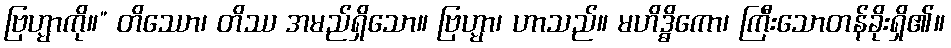
ဗြဟ္မာကို။” တိဿော၊ တိဿ အမည်ရှိသော။ ဗြဟ္မာ၊ ဟာသည်။ မဟိဒ္ဓိကော၊ ကြီးသောတန်ခိုးရှိ၏။